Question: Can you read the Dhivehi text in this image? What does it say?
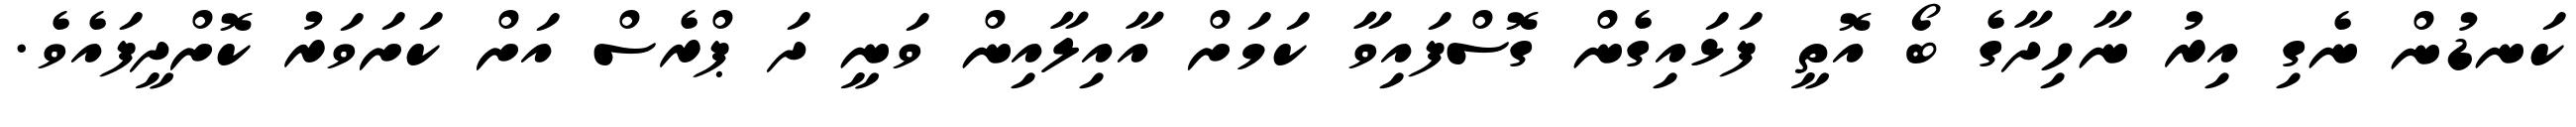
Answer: ކަނޑުން ނެގި އިރު ނާހިދާގެ ބޯ އޮތީ ފަޅައިގެން ގޮސްފައިވާ ކަމަށް އާއިލާއިން ވަނީ ދަ ޕްރެސް އަށް ކަށަވަރު ކޮށްދީފައެވެ.